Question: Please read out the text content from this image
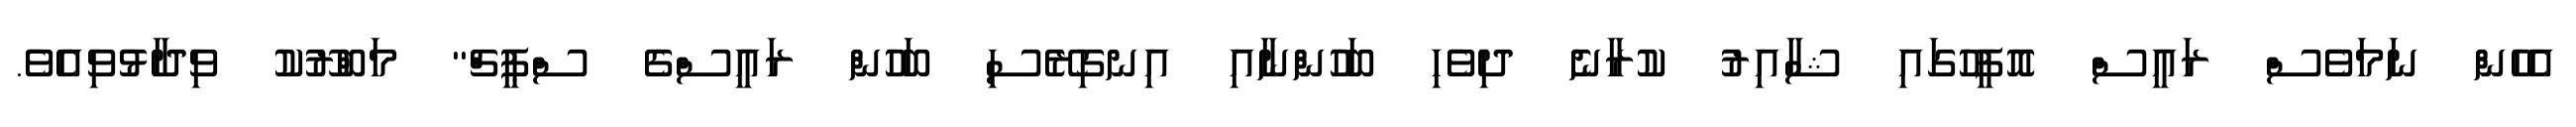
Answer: އެހެން ނަމަވެސް ރައީސް އޮފީހުގައި ޝާއިރު ކުރާނެ ދިވެހި ބަހުންނާއި އިނގިރޭސި ބަހުން ރައީސްގެ ސްޕީޗް" މަބްރޫކު ވިދާޅުވިއެވެ.